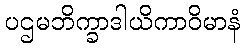
ပဌမဘိက္ခာဒါယိကာဝိမာနံ